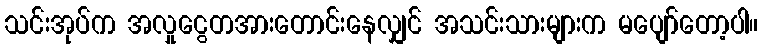
သင်းအုပ်က အလှုငွေတအားတောင်းနေလျှင် အသင်းသားများက မပျော်တော့ပါ။